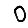
Digit: 0